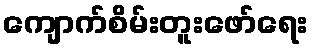
ကျောက်စိမ်းတူးဖော်ရေး